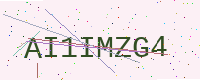
Text: AI1IMZG4